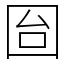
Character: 囼